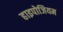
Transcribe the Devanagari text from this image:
हाइपोजियम